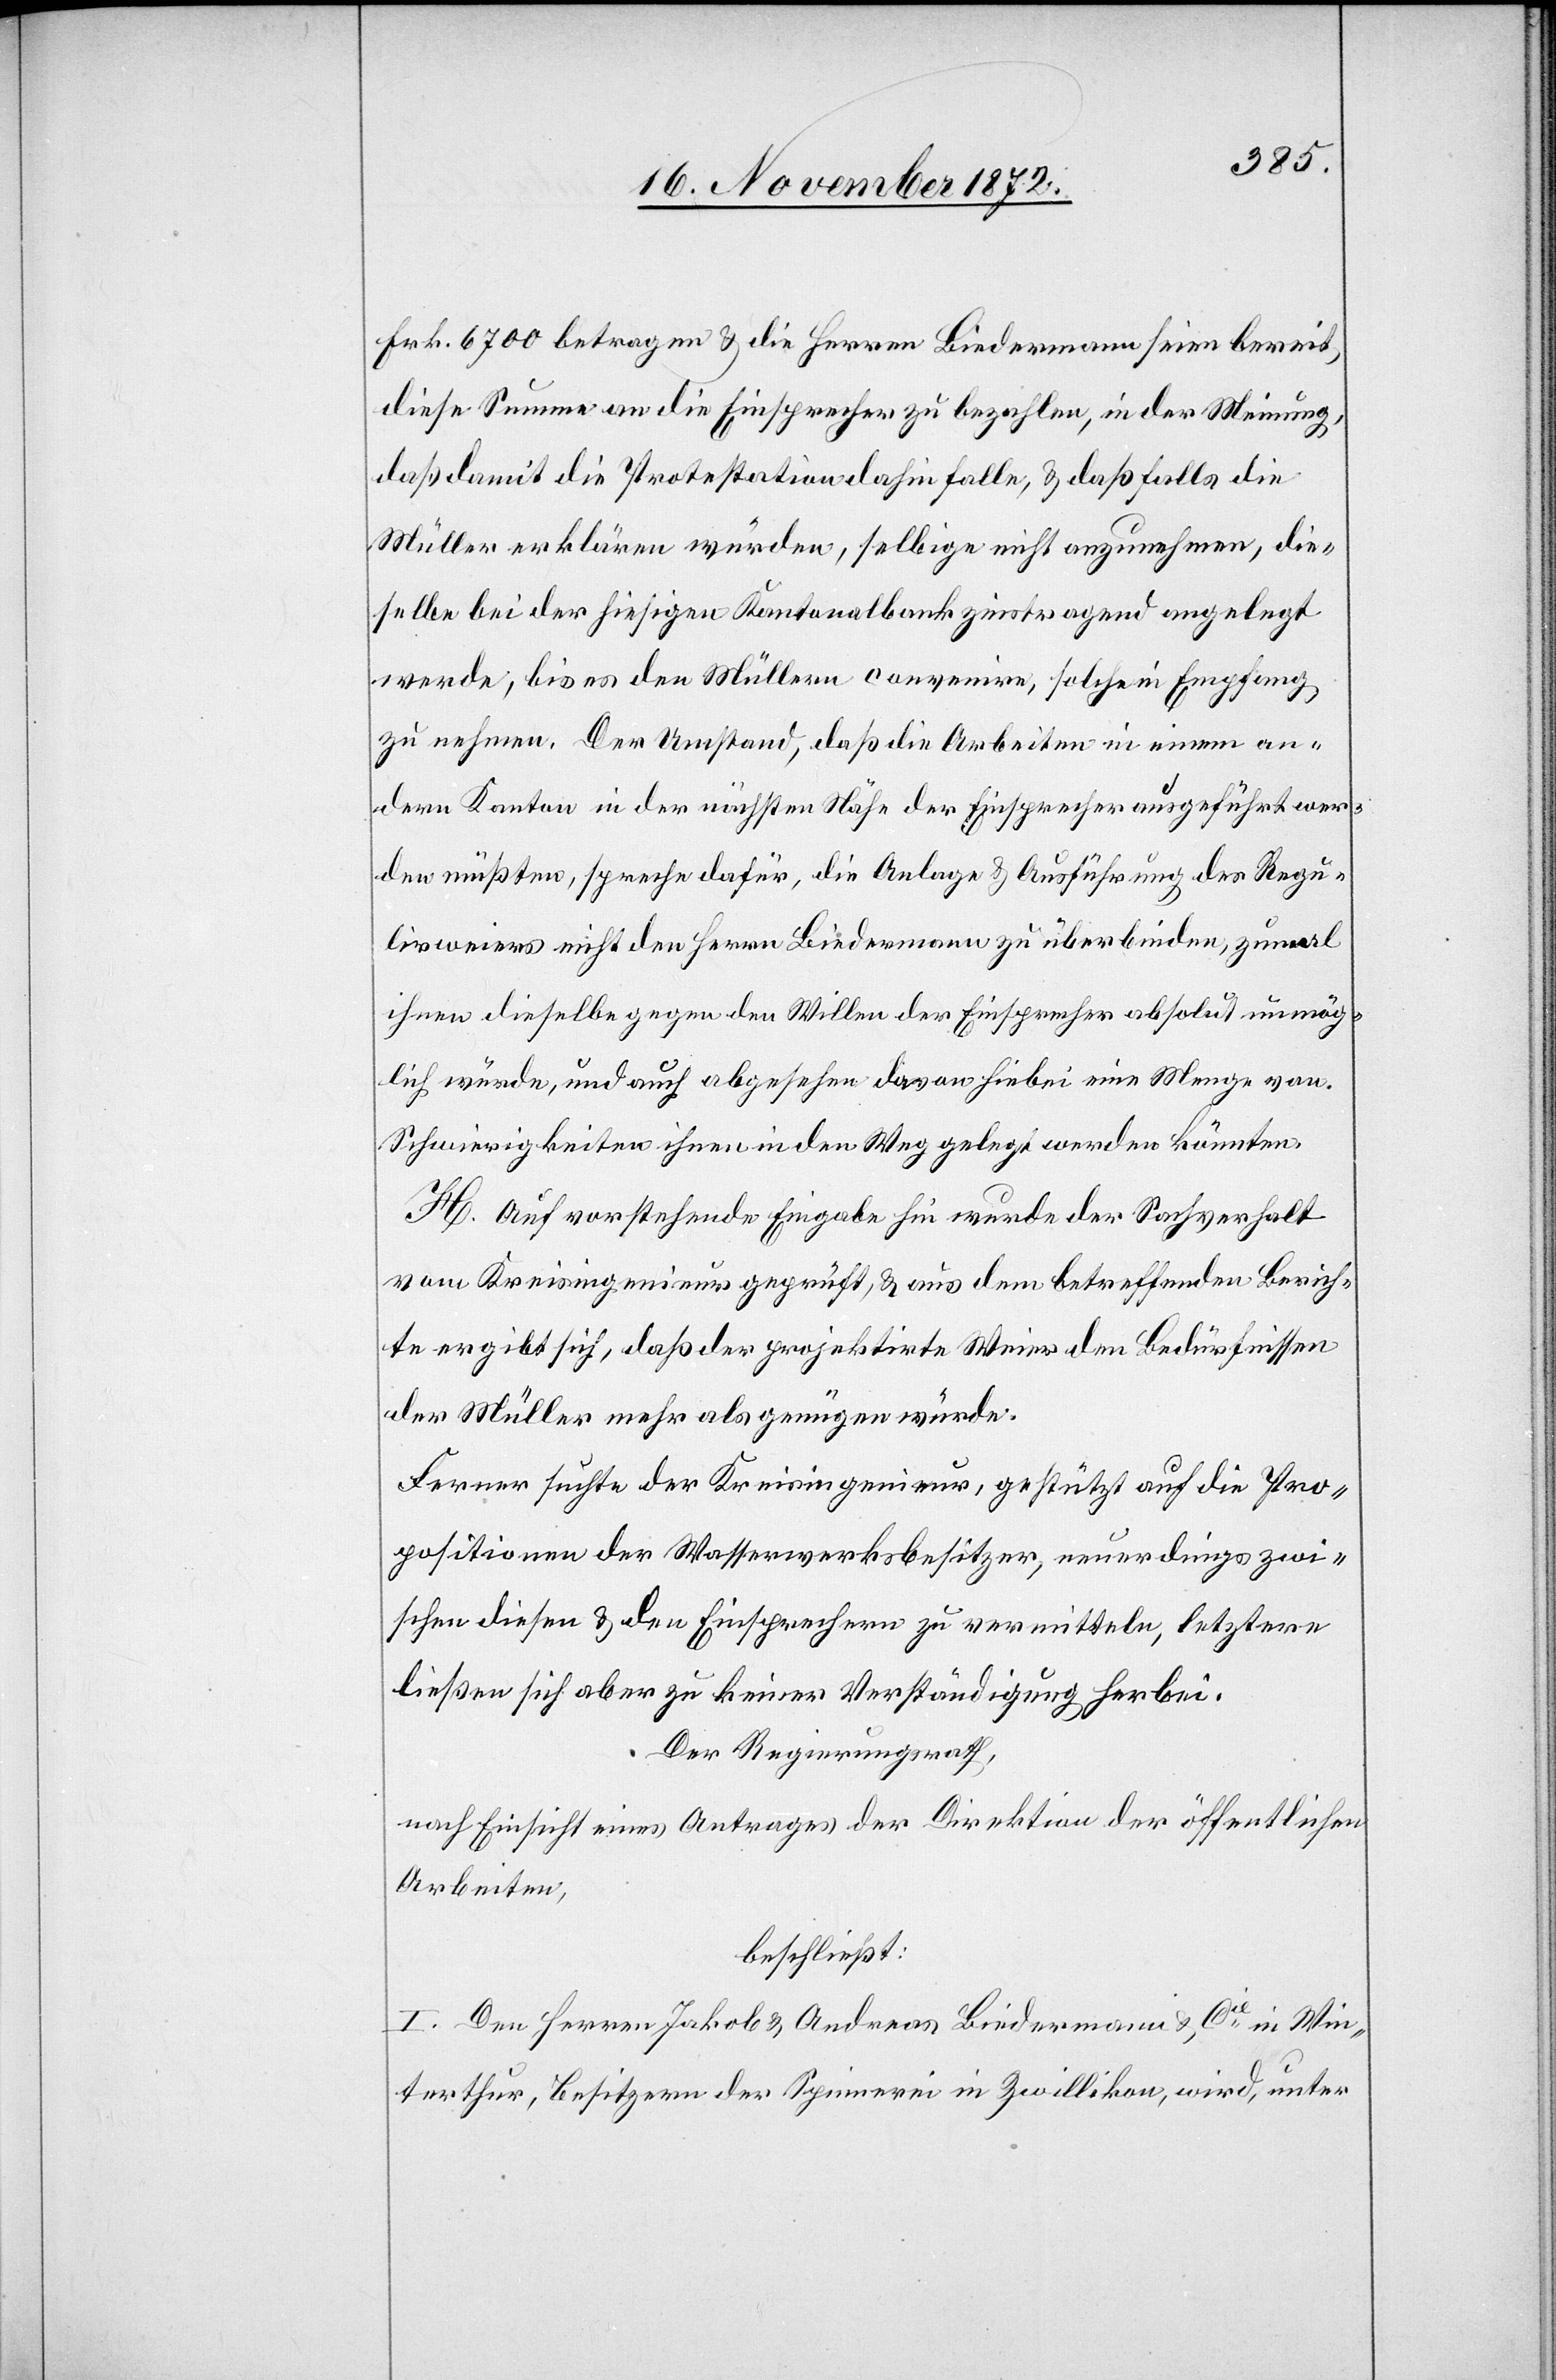
Frk. 6700 betragen u. die Herren Biedermann seien bereit,
diese Summe an die Einsprecher zu bezahlen, in der Meinung,
daß damit die Protestation dahin falle, u. daß falls die
Müller erklären würden, selbige nicht anzunehmen, die¬
selbe bei der hiesigen Kantonalbank zinstragend angelegt
werde, bis es den Müllern convenire, solche in Empfang
zu nehmen. Der Umstand, daß die Arbeiten in einem an¬
dern Kanton in der nächsten Nähe der Einsprecher ausgeführt wer¬
den müßten, spreche dafür, die Anlage u. Ausführung des Regu¬
lirweiers nicht den Herrn Biedermann zu überbinden, zumal
ihnen dieselbe gegen den Willen der Einsprecher absolut unmög¬
lich wurde, und auch abgesehen davon hiebei eine Menge von
Schwierigkeiten ihnen in den Weg gelegt werden könnten.
H. Auf vorstehende Eingabe hin wurde der Sachverhalt
vom Kreisingenieur geprüft, u. aus dem betreffenden Berich¬
te ergibt sich, daß der projektirte Weier den Bedürfnissen
der Müller mehr als genügen würde.
Ferner suchte der Kreisingenieur, gestützt auf die Pro¬
positionen der Wasserwerksbesitzer, neuerdings zwi¬
schen diesen u. den Einsprechern zu vermitteln, letztere
ließen sich aber zu keiner Verständigung herbei.
Der Regierungsrath,
nach Einsicht eines Antrages der Direktion der öffentlichen
Arbeiten,
beschließt:
I. Den Herren Jakob u. Andreas Biedermann u. Cie in Win¬
terthur, Besitzern der Spinnerei in Zwillikon, wird, unter